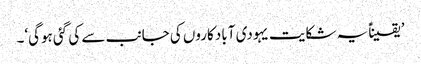
’یقیناًً یہ شکایت یہودی آباد کاروں کی جانب سے کی گئی ہوگی‘۔